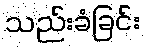
သည်းခံခြင်း